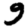
Digit: 9